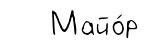
Майо́р